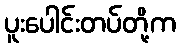
ပူးပေါင်းတပ်တို့က